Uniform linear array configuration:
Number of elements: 64
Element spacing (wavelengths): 0.5
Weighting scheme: exponential
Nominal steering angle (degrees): -30
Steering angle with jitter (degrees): -29.041
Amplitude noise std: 0.05
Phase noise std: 0.05

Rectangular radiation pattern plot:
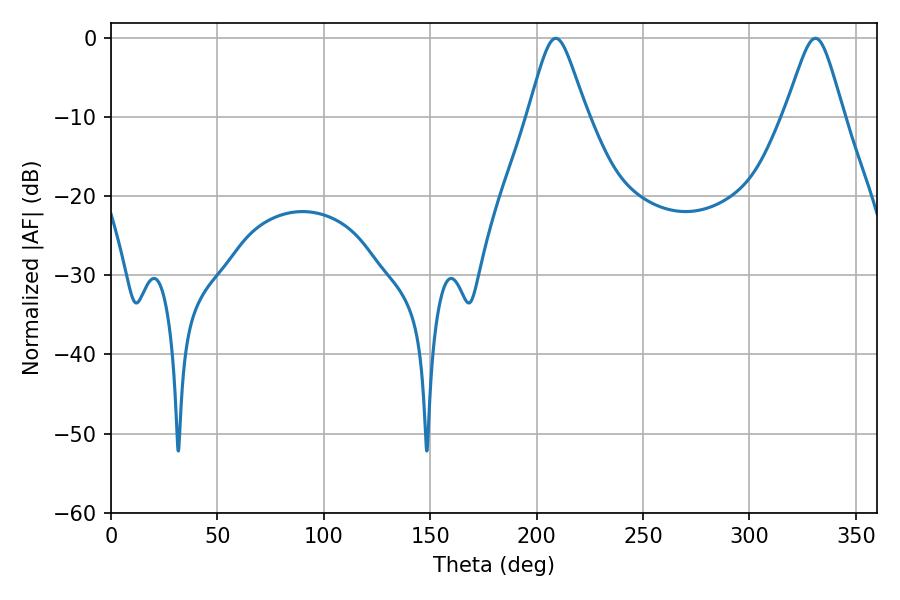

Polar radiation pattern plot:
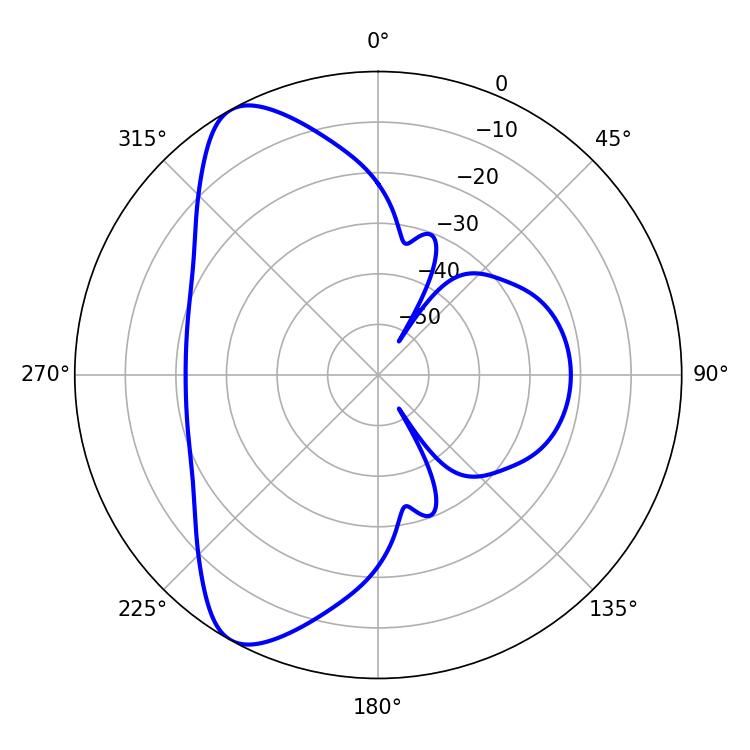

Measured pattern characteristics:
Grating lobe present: FALSE
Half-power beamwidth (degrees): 13.32
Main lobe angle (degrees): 208.98